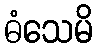
ဓံသေမိ